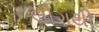
લીગથી